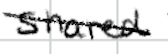
Text: shared
Cross-out: mix
Writing tool: digital_black